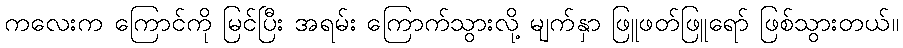
ကလေးက ကြောင်ကို မြင်ပြီး အရမ်း ကြောက်သွားလို့ မျက်နှာ ဖြူဖတ်ဖြူရော် ဖြစ်သွားတယ်။